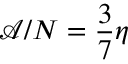
\mathcal { A } / N = \frac { 3 } { 7 } \eta